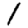
Digit: 1